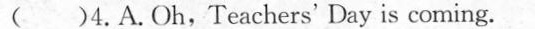
( )4.A.Oh,Teachers'Day is coming.